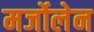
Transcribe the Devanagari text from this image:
मर्जोलेन